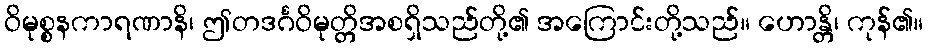
ဝိမုစ္စနကာရဏာနိ၊ ဤတဒင်္ဂဝိမုတ္တိအစရှိသည်တို့၏ အကြောင်းတို့သည်။ ဟောန္တိ၊ ကုန်၏။